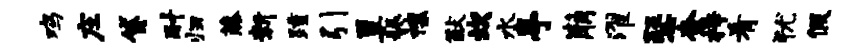
鸡庄贷耐归藤新踵引簟耨禳猷坎水亭崩濯瑟柰梓肴犹假